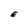
Character: E